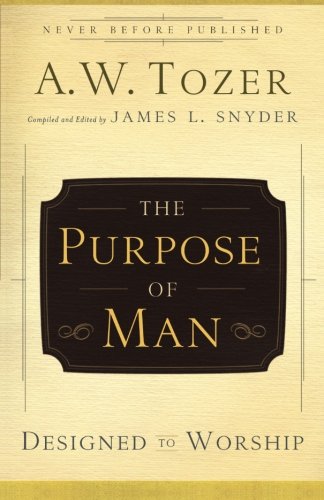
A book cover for The Purpose of Man: Designed to Worship; A.W. Tozer; Christian Books & Bibles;